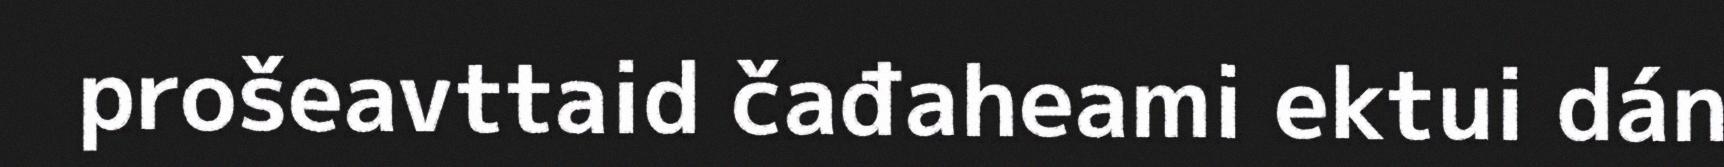
prošeavttaid čađaheami ektui dán